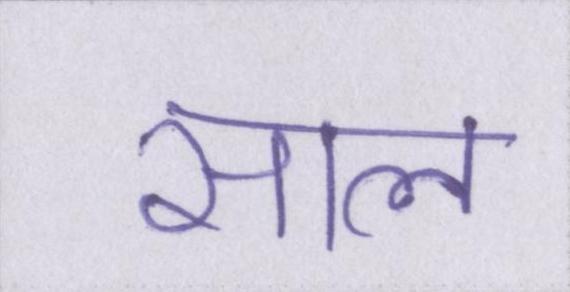
साल